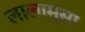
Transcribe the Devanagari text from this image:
लालामुसा